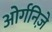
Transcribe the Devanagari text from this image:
ओर्गनिज़े